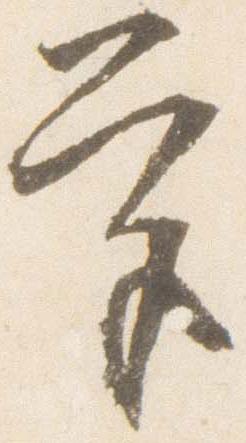
宮